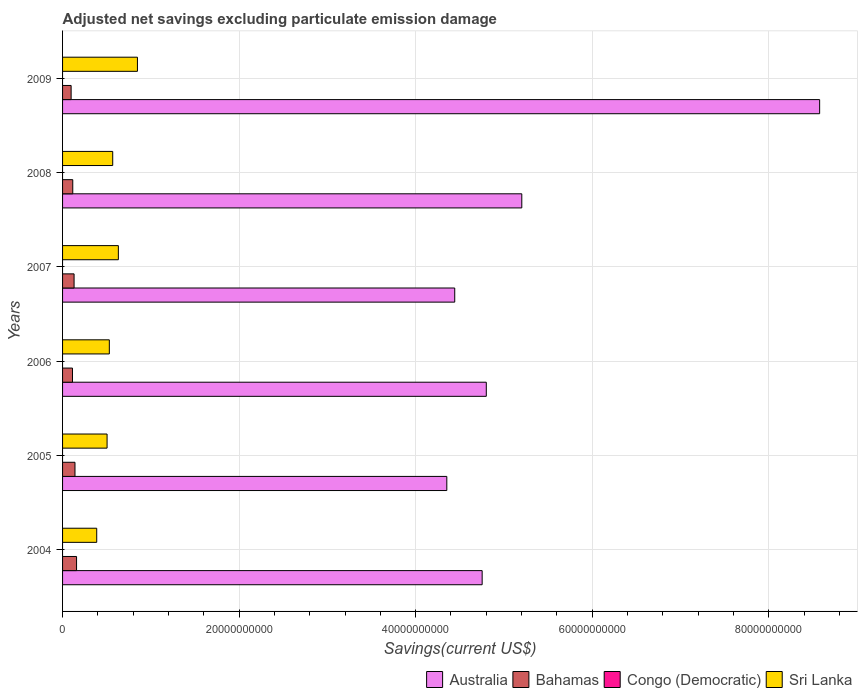
| Years | Australia | Bahamas | Congo (Democratic) | Sri Lanka |
 | --- | --- | --- | --- | --- |
 | 2004 | 4.75e+10 | 1.58e+09 | -1.54e+09 | 3.87e+09 |
 | 2005 | 4.35e+10 | 1.41e+09 | -1.72e+09 | 5.04e+09 |
 | 2006 | 4.8e+10 | 1.12e+09 | -1.95e+09 | 5.3e+09 |
 | 2007 | 4.44e+10 | 1.3e+09 | -3.22e+09 | 6.32e+09 |
 | 2008 | 5.2e+10 | 1.16e+09 | -5.29e+09 | 5.68e+09 |
 | 2009 | 8.58e+10 | 9.7e+08 | -4.39e+09 | 8.48e+09 |